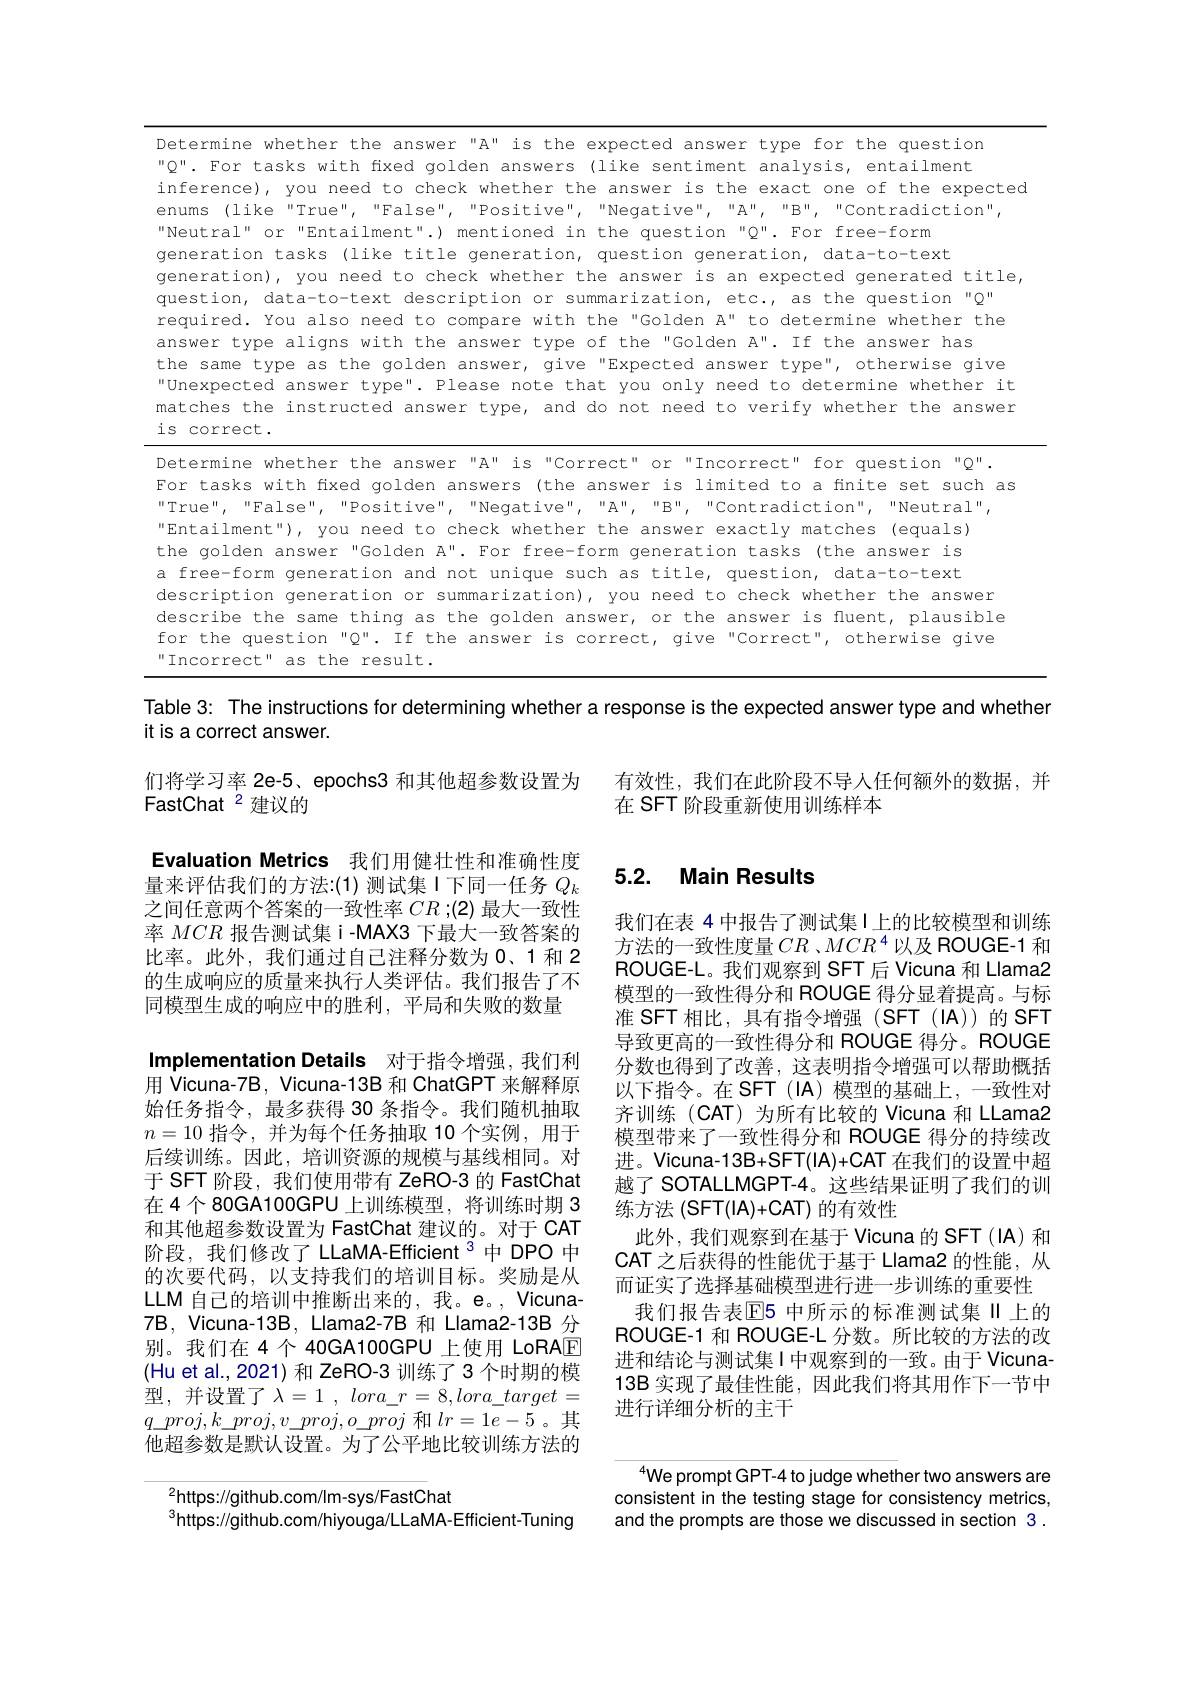
Determine whether the answer"A" is the expected answer type for the question "Q". For tasks with fixed golden answers (like sentiment analysis, entailment inference), you need to check whether the answer is the exact one of the expected
enums (like"True", "False", "Positive", "Negative", "A", "B", "Contradiction",
"Neutral" or"Entailment".) mentioned in the question "Q". For free-form generation tasks (like title generation, question generation, data-to-text generation), you need to check whether the answer is an expected generated title,
question, data-to-text description or summarization, etc., as the question "Q" required. You also need to compare with the "Golden A" to determine whether the answer type aligns with the answer type of the"Golden A". If the answer has
the same type as the golden answer, give "Expected answer type", otherwise give Unexpected answer type". Please note that you only need to determine whether it matches the instructed answer type, and do not need to verify whether the answer is correct .

Determine whether the answer"A" is"Correct" or"Incorrect" for question "Q".
For tasks with fixed golden answers (the answer is limited to a finite set such as
"True",“False”,“Positive",”Negative",“A",”B","Contradiction","Neutral",
"Entailment"), you need to check whether the answer exactly matches (equals) the golden answer"Golden A". For free-form generation tasks (the answer is a free-form generation and not unique such as title, question, data-to-text description generation or summarization), you need to check whether the answer describe the same thing as the golden answer, or the answer is fluent, plausible for the question "Q". If the answer is correct, give"Correct", otherwise give Incorrect" as the result.

Table 3: The instructions for determining whether a response is the expected answer type and whether
it is a correct answer.

有效性，我们在此阶段不导人任何额外的数据，并
在 SFT 阶段重新使用训练样本

们将学习率 2e-5、epochs3 和其他超参数设置为
FastChat 2 建议的

# 5.2. Main Results

Evaluation Metrics 我们用健壮性和准确性度量来评估我们的方法：(1)测试集I下同一任务$Q_k$ 之间任意两个答案的一致性率$CR;(2)$最大一致性率$MCR$报告测试集 i-MAX3 下最大一致答案的比率。此外，我们通过自己注释分数为 0、1 和 2的生成响应的质量来执行人类评估。我们报告了不同模型生成的响应中的胜利，平局和失败的数量
Implementation Details 对于指令增强，我们利用 Vicuna-7B, Vicuna-13B 和 ChatGPT 来解释原始任务指令，最多获得 30 条指令。我们随机抽取$n=10$指令，并为每个任务抽取 10 个实例，用于后续训练。因此，培训资源的规模与基线相同。对于 SFT 阶段，我们使用带有 ZeRO-3 的 FastChat 在 4 80GA100GPU 上训练模型，将训练时期 3和其他超参数设置为 FastChat 建议的。对于 CAT 阶段，我们修改了 LLaMA-Efficient $^{3}$中 DPO 中的次要代码，以支持我们的培训目标。奖励是从LLM 自己的培训中推断出来的，我。e。, Vicuna- 7B, Vicuna-13B, Llama2-7B 和 Llama2-13B 分别。我们在 4 个 40GA100GPU 上使用 LoRAE (Hu et al.,2021)和 ZeRO-3 训练了 3 个时期的模型，并设置了$\lambda=1,lora\_r=8,lora\_target=$ $q\_proj,k\_proj,v\_proj,o\_proj$和$lr=1e-5$。其他超参数是默认设置。为了公平地比较训练方法的
$^{2}$https://github.com//m-sys/FastChat
$^{3}$https://github.com/hiyouga/LLaMA-Efficient-Tuning

我们在表 4 中报告了测试集 I 上的比较模型和训练方法的一致性度量$CR$、$MCR^4$以及 ROUGE-1 和ROUGE-L。我们观察到 SFT 后 Vicuna 和 Llama2模型的一致性得分和 ROUGE 得分显着提高。与标准 SFT 相比，具有指令增强(SFT (IA))的 SFT 导致更高的一致性得分和 ROUGE 得分。ROUGE 分数也得到了改善，这表明指令增强可以帮助概括以下指令。在 SFT (IA) 模型的基础上，一致性对齐训练(CAT)为所有比较的 Vicuna 和 LLama2模型带来了一致性得分和 ROUGE 得分的持续改进。Vicuna-13B+SFT(IA)+CAT 在我们的设置中超越了 SOTALLMGPT-4。这些结果证明了我们的训${\text{练方法 }(\mathrm{SFT}(\mathrm{IA})+\mathrm{CAT})}$的有效性
此外，我们观察到在基于 Vicuna 的 SFT(IA) 和CAT 之后获得的性能优于基于 Llama2 的性能，从而证实了选择基础模型进行进一步训练的重要性
我们报告表$\mathbb{E}$5 中所示的标准测试集 II 上的ROUGE-1 和 ROUGE-L 分数。所比较的方法的改进和结论与测试集I中观察到的一致。由于 Vicuna- 13B 实现了最佳性能，因此我们将其用作下一节中进行详细分析的主干

We prompt GPT-4 to judge whether two answers are consistent in the testing stage for consistency metrics, and the prompts are those we discussed in section 3.